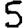
Digit: 5